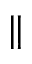
\parallel